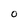
Character: 0